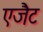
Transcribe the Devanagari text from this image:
एजैेट